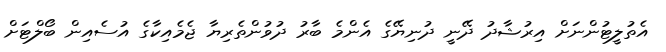
އެތުލީޓުންނަށް އިރުޝާދު ދޭނީ ދުނިޔޭގެ އެންމެ ބާރު ދުވުންތެރިޔާ ޖެމެއިކާގެ އުސެއިން ބޯލްޓަށް